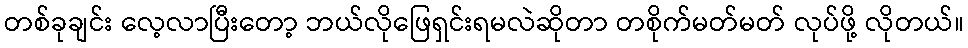
တစ်ခုချင်း လေ့လာပြီးတော့ ဘယ်လိုဖြေရှင်းရမလဲဆိုတာ တစိုက်မတ်မတ် လုပ်ဖို့ လိုတယ်။